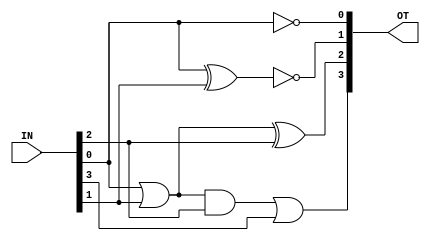
module BCD_to_EXCESS(OT,IN);
output [3:0]OT;
input  [3:0]IN;
wire w1,w2,w3;
not n1(OT[0],IN[0]);
xor xr1(w1,IN[0],IN[1]);
not n2(OT[1],w1);
or r1(w2,IN[0],IN[1]);
xor xr2(OT[2],w2,IN[2]);
and ad1(w3,w2,IN[2]);
or r2(OT[3],w3,IN[3]);
endmodule


module test;
reg [3:0]IN;
wire [3:0]OT;
BCD_to_EXCESS b_e(OT,IN);


initial 
begin 
#0 IN = 4'd0;
#100 IN = 4'd1;
#100 IN = 4'd2;
#100 IN = 4'd3;
#100 IN = 4'd4;
end

endmodule